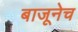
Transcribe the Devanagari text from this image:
बाजूनेच